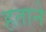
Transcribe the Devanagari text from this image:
हताने